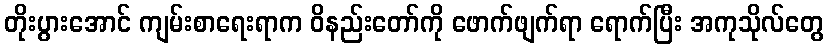
တိုးပွားအောင် ကျမ်းစာရေးရာက ဝိနည်းတော်ကို ဖောက်ဖျက်ရာ ရောက်ပြီး အကုသိုလ်တွေ